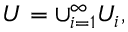
U = \cup _ { i = 1 } ^ { \infty } U _ { i } ,